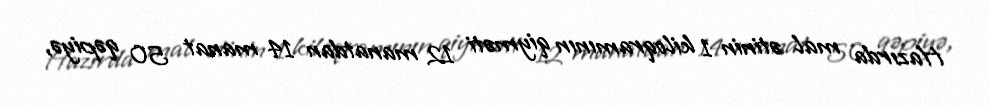
Hazırda mal ətinin 1 kiloqramının qiyməti 12 manatdan 14 manat 50 qəpiyə,